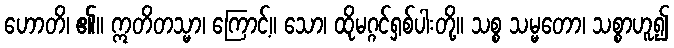
ဟောတိ၊ ၏။ ဣတိတသ္မာ၊ ကြောင့်။ သော၊ ထိုမဂ္ဂင်ရှစ်ပါးတို့။ သစ္စ သမ္မတော၊ သစ္စာဟူ၍